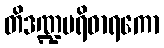
တိဒဏ္ဍပရိဓာရကော